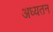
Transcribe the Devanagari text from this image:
अध्यतन